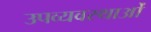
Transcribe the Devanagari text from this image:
उपव्यवस्थाओं